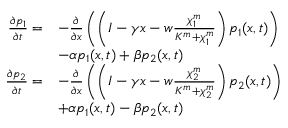
\begin{array} { r l } { \frac { \partial p _ { 1 } } { \partial t } = } & { - \frac { \partial } { \partial x } \left( \left( I - \gamma x - w \frac { \chi _ { 1 } ^ { m } } { K ^ { m } + \chi _ { 1 } ^ { m } } \right) p _ { 1 } ( x , t ) \right) } \\ & { - \alpha p _ { 1 } ( x , t ) + \beta p _ { 2 } ( x , t ) } \\ { \frac { \partial p _ { 2 } } { \partial t } = } & { - \frac { \partial } { \partial x } \left( \left( I - \gamma x - w \frac { \chi _ { 2 } ^ { m } } { K ^ { m } + \chi _ { 2 } ^ { m } } \right) p _ { 2 } ( x , t ) \right) } \\ & { + \alpha p _ { 1 } ( x , t ) - \beta p _ { 2 } ( x , t ) } \end{array}